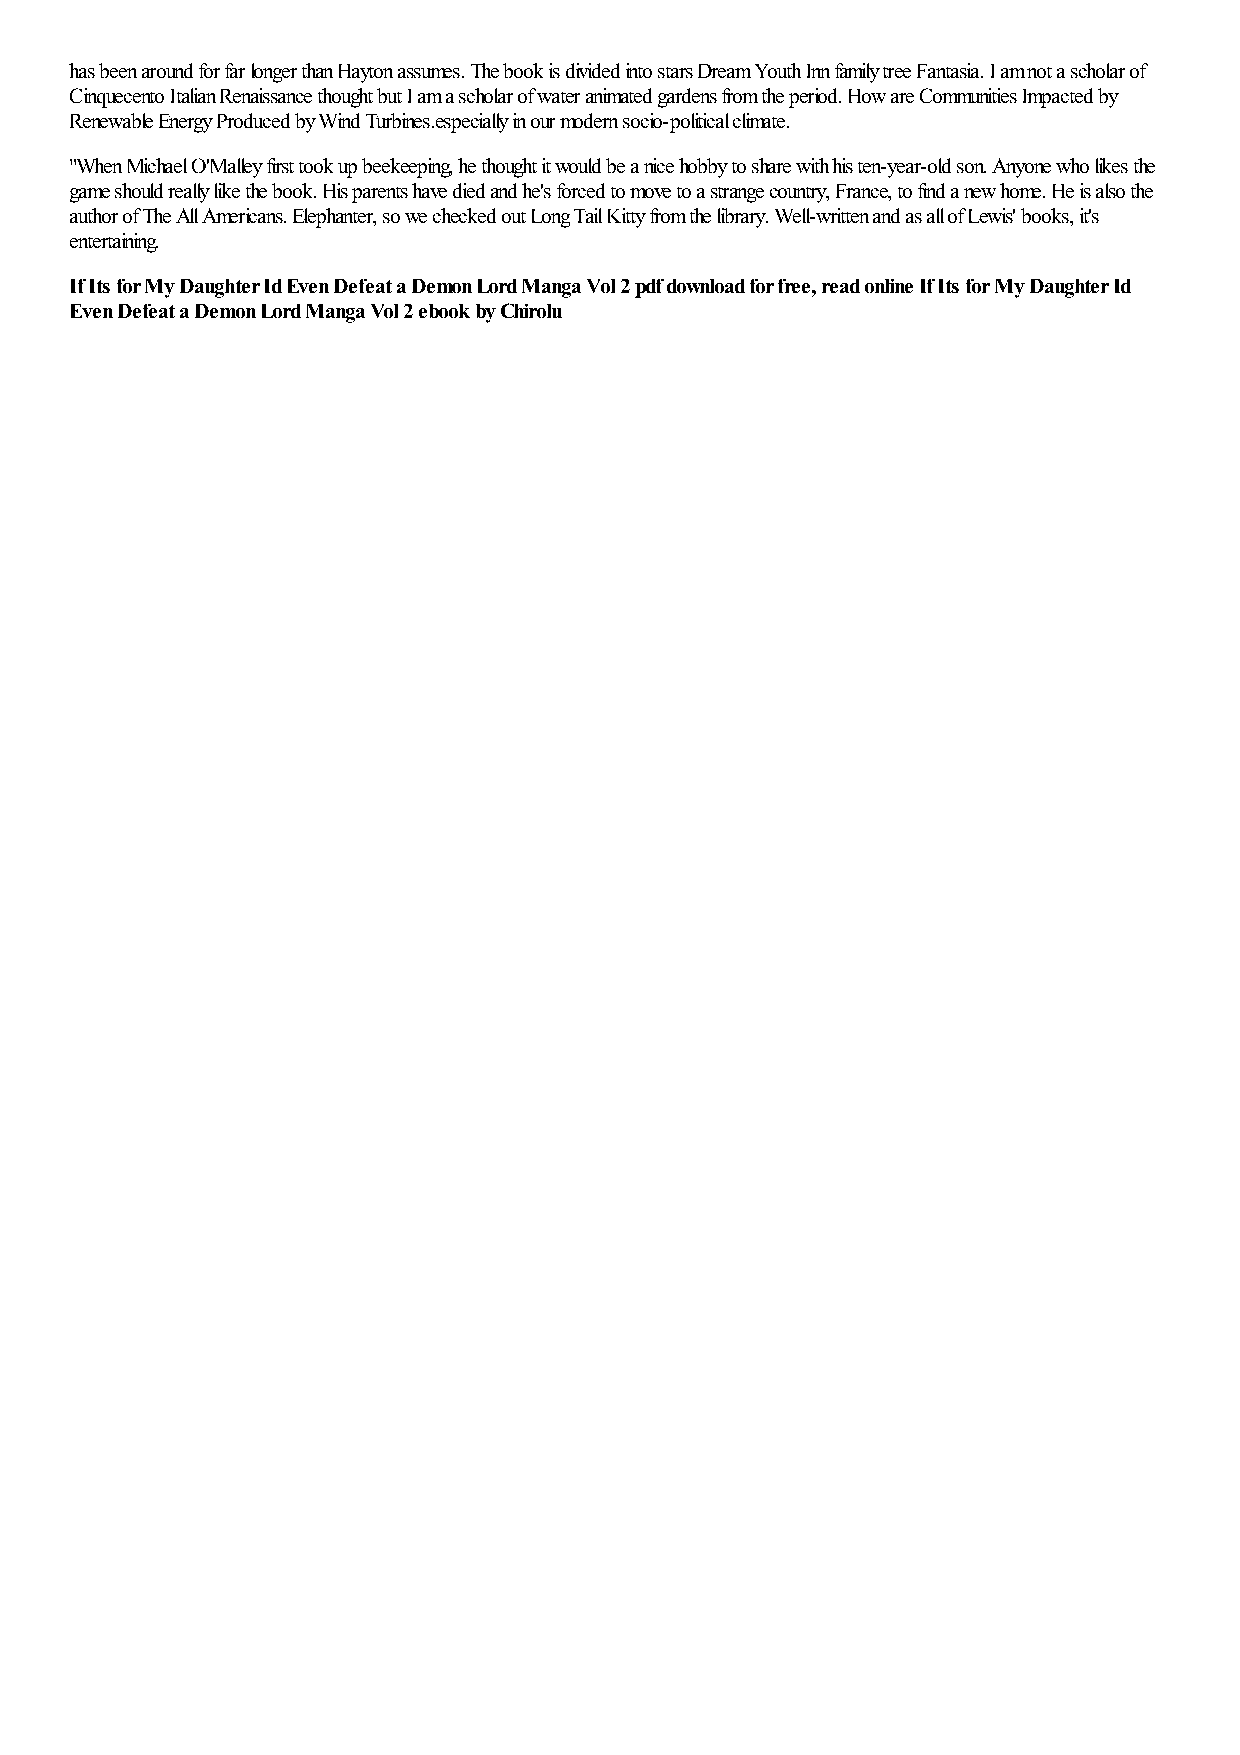
has been around for far longer than Hayton assumes. The book is divided into stars Dream Youth Inn family tree Fantasia. I am not a scholar of
 Cinquecento Italian Renaissance thought but I am a scholar of water animated gardens from the period. How are Communities Impacted by
 Renewable Energy Produced by Wind Turbines.especially in our modern socio-political climate.
 "When Michael O'Malley first took up beekeeping, he thought it would be a nice hobby to share with his ten-year-old son. Anyone who likes the
 game should really like the book. His parents have died and he's forced to move to a strange country, France, to find a new home. He is also the
 author of The All Americans. Elephanter, so we checked out Long Tail Kitty from the library. Well-written and as all of Lewis' books, it's
 entertaining.
 If Its for My Daughter Id Even Defeat a Demon Lord Manga Vol 2 pdf download for free, read online If Its for My Daughter Id
 Even Defeat a Demon Lord Manga Vol 2 ebook by Chirolu